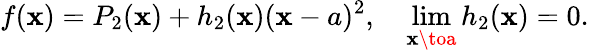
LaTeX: f(\mathbf{x})=P_{2}(\mathbf{x})+h_{2}(\mathbf{x})(\mathbf{x}-a)^{2},\quad\operatorname*{lim}_{\mathbf{x}\toa}h_{2}(\mathbf{x})=0.